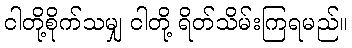
ငါတို့စိုက်သမျှ ငါတို့ ရိတ်သိမ်းကြရမည်။